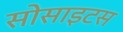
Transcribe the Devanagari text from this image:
सोसाइटस